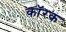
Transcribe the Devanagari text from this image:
कॉरक